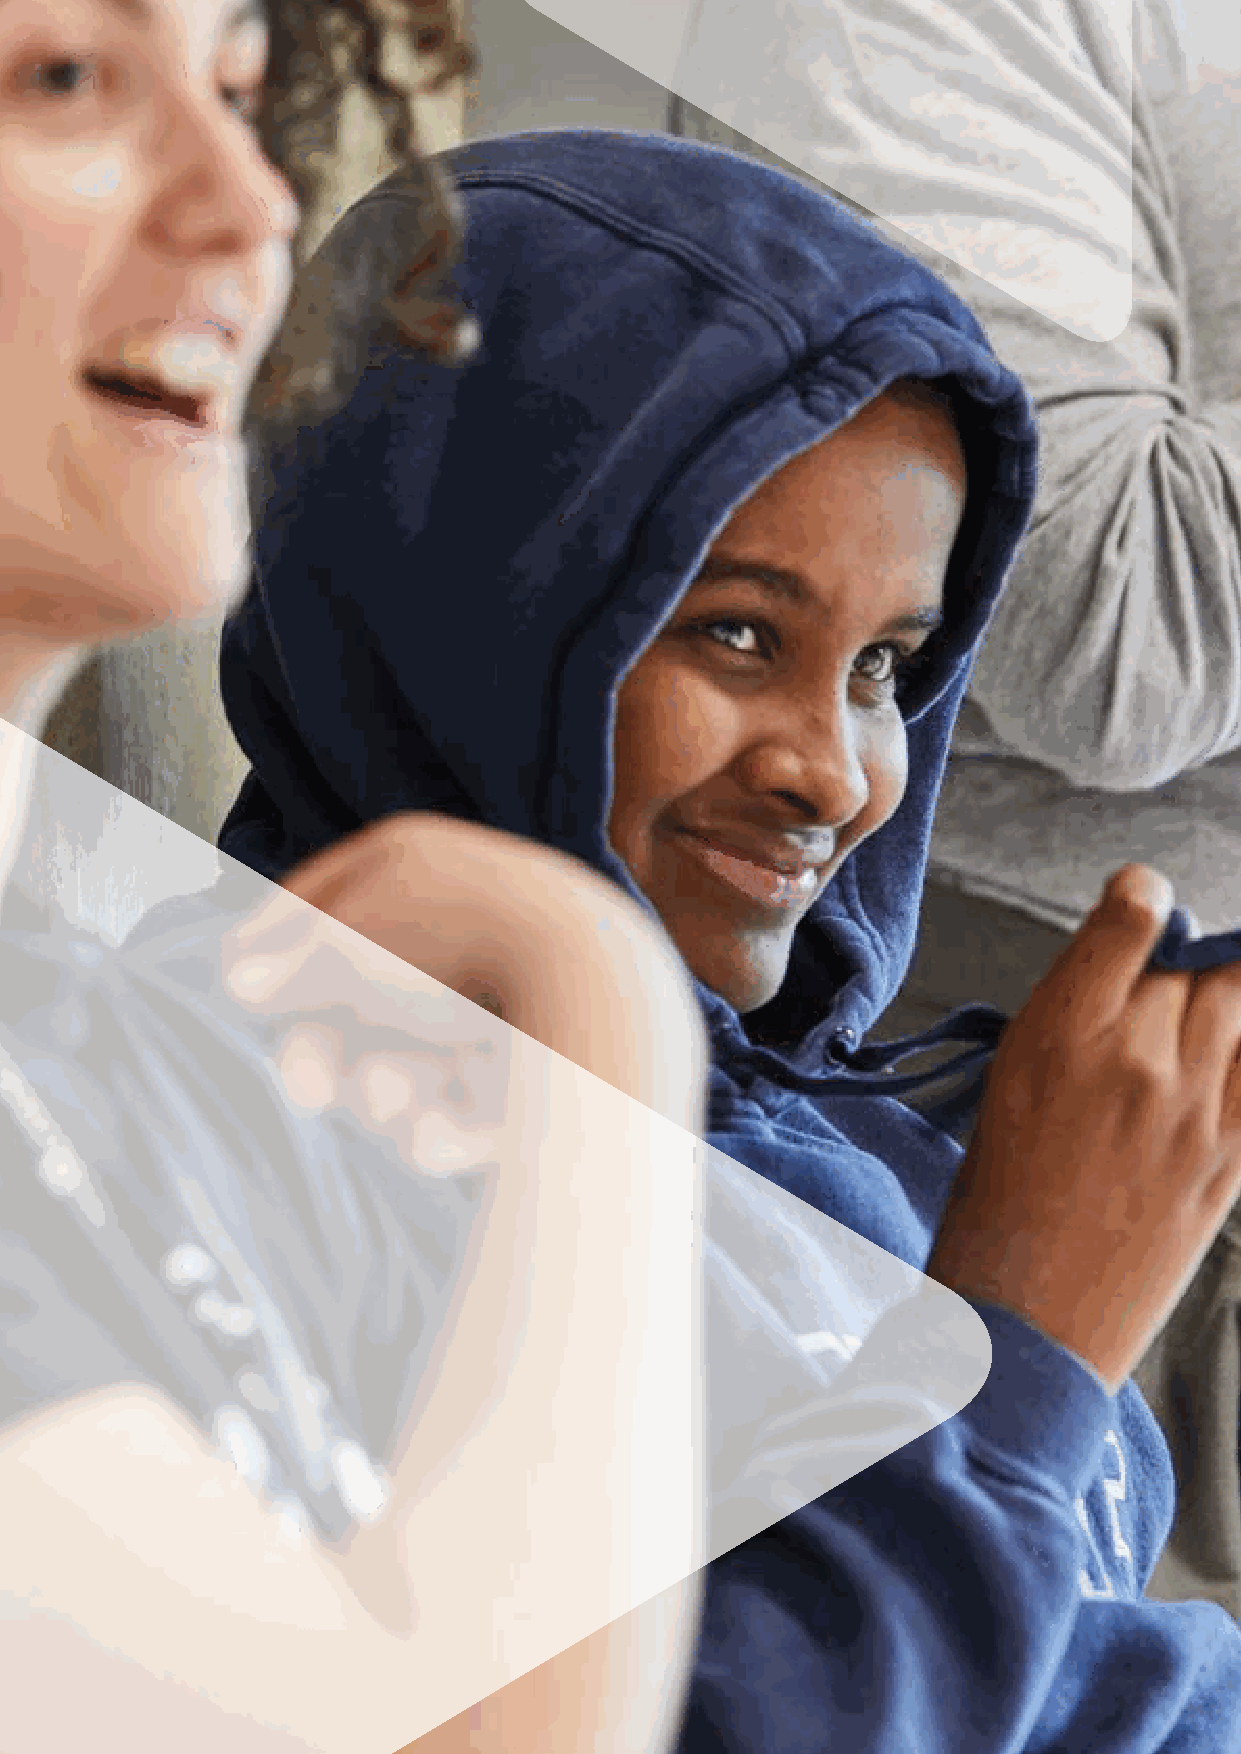
2 | Ambitious about Autism Annual Report and Accounts 2017–18